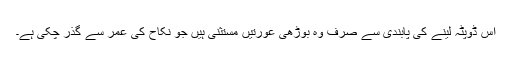
اس ڈوپٹہ لینے کی پابندی سے صرف وہ بوڑھی عورتیں مستثنیٰ ہیں جو نکاح کی عمر سے گذر چکی ہے۔